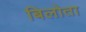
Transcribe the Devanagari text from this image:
बिलोता